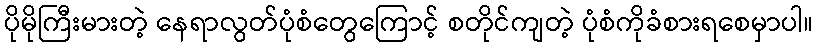
ပိုမိုကြီးမားတဲ့ နေရာလွတ်ပုံစံတွေကြောင့် စတိုင်ကျတဲ့ ပုံစံကိုခံစားရစေမှာပါ။